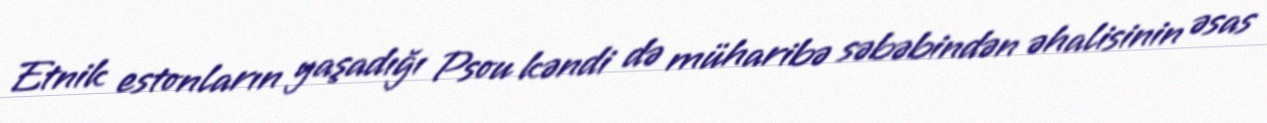
Etnik estonların yaşadığı Psou kəndi də müharibə səbəbindən əhalisinin əsas